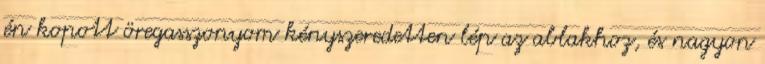
én kopott öregasszonyom kényszeredetten lép az ablakhoz, és nagyon